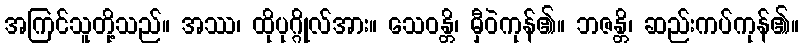
အကြင်သူတို့သည်။ အဿ၊ ထိုပုဂ္ဂိုလ်အား။ သေဝန္တိ၊ မှီဝဲကုန်၏။ ဘဇန္တိ၊ ဆည်းကပ်ကုန်၏။